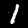
Label: 1